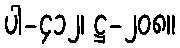
ပါ-၄၁၂၊ ဋ္ဌ-၂၀၈။